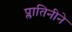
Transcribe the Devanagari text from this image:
प्लातिनीने